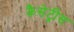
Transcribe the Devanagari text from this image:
कैसेट्रीस